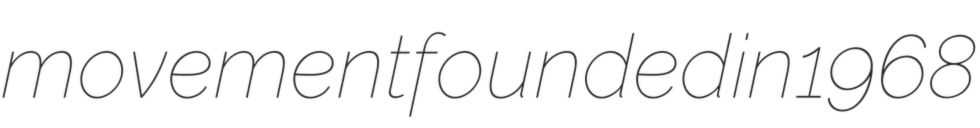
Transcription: movement founded in 1968